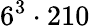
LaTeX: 6^{3}\cdot 210